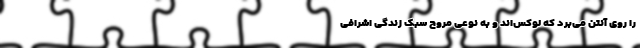
را روی آنتن می‌برد که لوکس‌اند و به نوعی مروّجِ سبک زندگی اشرافی